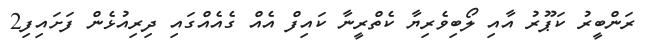
ރަންބީރު ކަޕޫރު އާއި ލޯބިވެރިޔާ ކެތްރީނާ ކައިފް އެއް ގެއެއްގައި ދިރިއުޅެން ފަށައިފި2